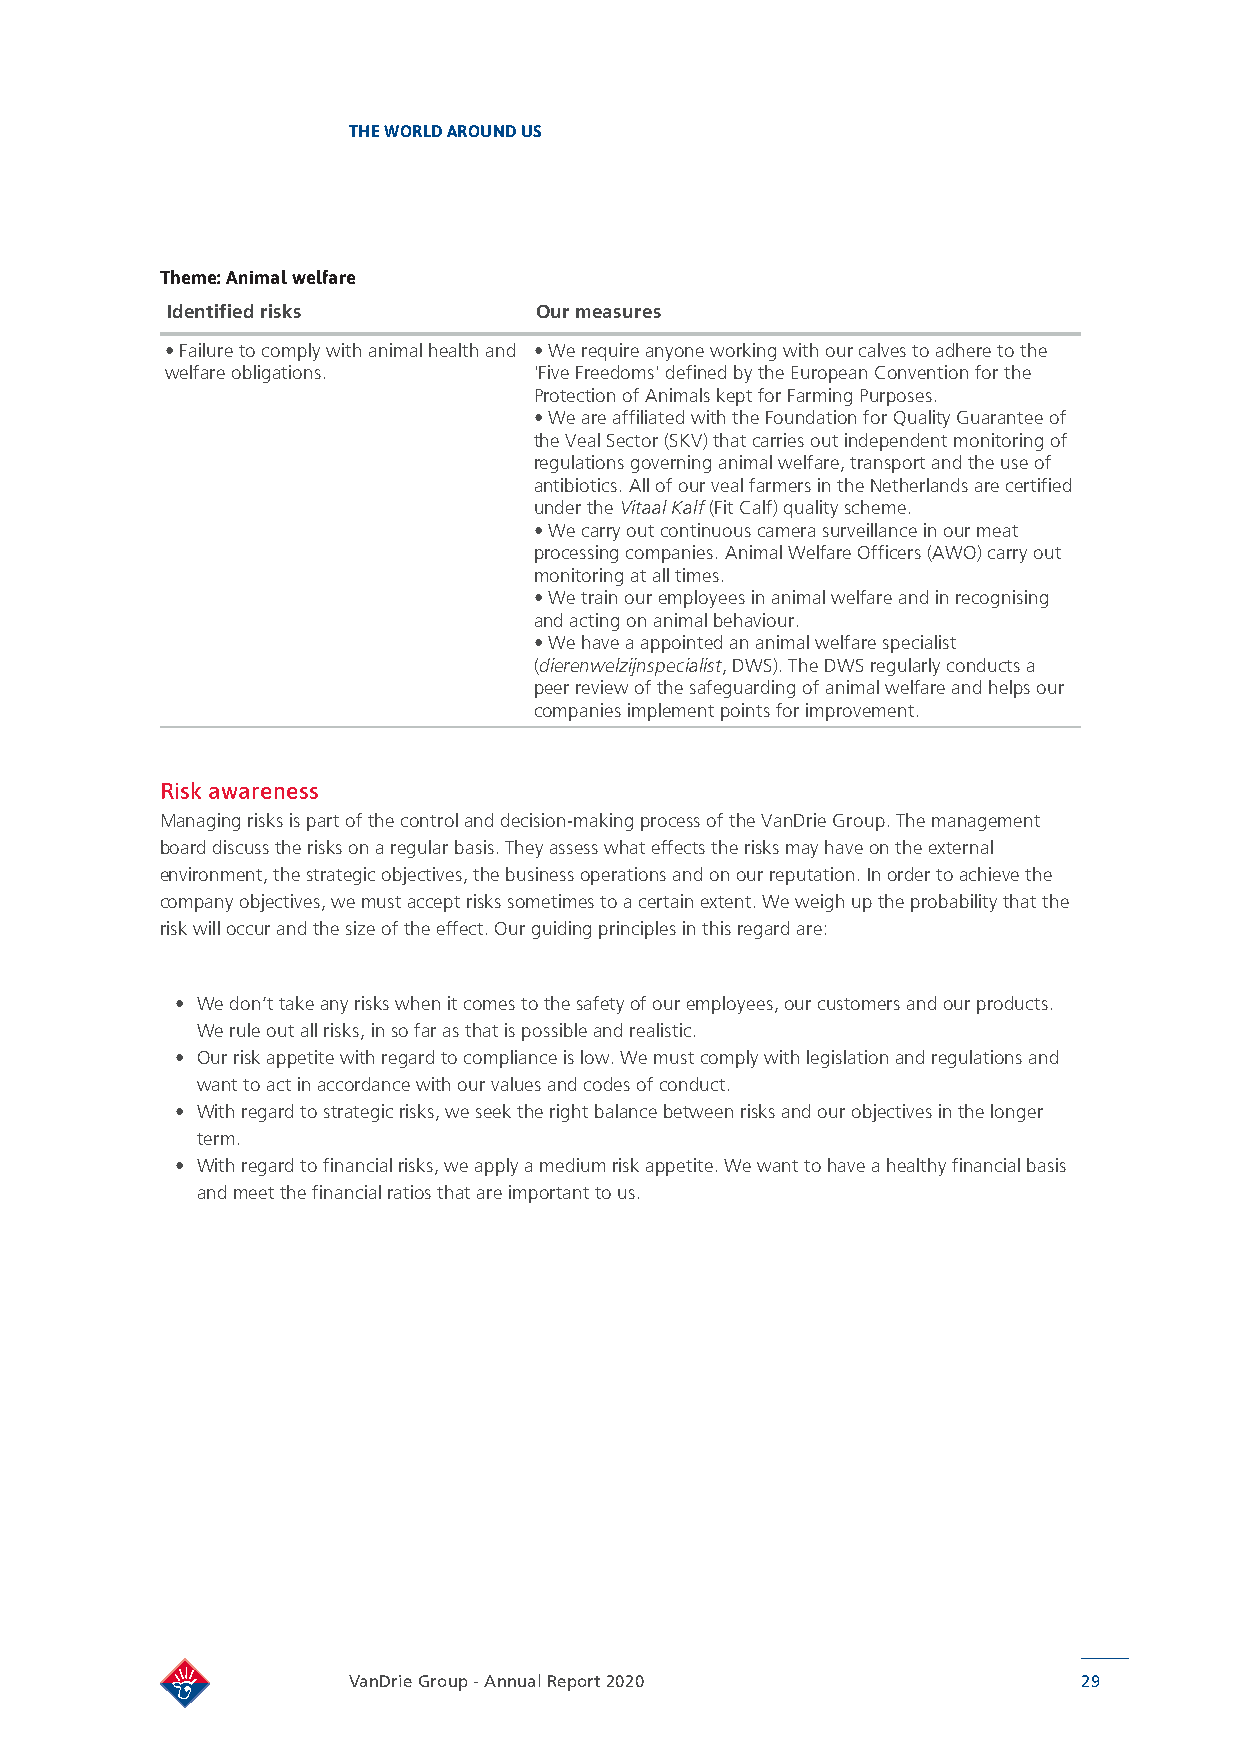
THE WORLD AROUND US
 Theme: Animal welfare
 Identified risks        Our measures
 • Failure to comply with animal health and • We require anyone working with our calves to adhere to the
 welfare obligations.    'Five Freedoms' defined by the European Convention for the
 Protection of Animals kept for Farming Purposes.
 • We are affiliated with the Foundation for Quality Guarantee of
 the Veal Sector (SKV) that carries out independent monitoring of
 regulations governing animal welfare, transport and the use of
 antibiotics. All of our veal farmers in the Netherlands are certified
 under the Vitaal Kalf (Fit Calf) quality scheme.
 • We carry out continuous camera surveillance in our meat
 processing companies. Animal Welfare Officers (AWO) carry out
 monitoring at all times.
 • We train our employees in animal welfare and in recognising
 and acting on animal behaviour.
 • We have a appointed an animal welfare specialist
 (dierenwelzijnspecialist, DWS). The DWS regularly conducts a
 peer review of the safeguarding of animal welfare and helps our
 companies implement points for improvement.
 Risk awareness
 Managing risks is part of the control and decision-making process of the VanDrie Group. The management
 board discuss the risks on a regular basis. They assess what effects the risks may have on the external
 environment, the strategic objectives, the business operations and on our reputation. In order to achieve the
 company objectives, we must accept risks sometimes to a certain extent. We weigh up the probability that the
 risk will occur and the size of the effect. Our guiding principles in this regard are:
 • We don’t take any risks when it comes to the safety of our employees, our customers and our products.
 We rule out all risks, in so far as that is possible and realistic.
 • Our risk appetite with regard to compliance is low. We must comply with legislation and regulations and
 want to act in accordance with our values and codes of conduct.
 • With regard to strategic risks, we seek the right balance between risks and our objectives in the longer
 term.
 • With regard to financial risks, we apply a medium risk appetite. We want to have a healthy financial basis
 and meet the financial ratios that are important to us.
 VanDrie Group - Annual Report 2020               29